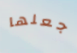
جعلها